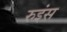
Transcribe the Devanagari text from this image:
रुइंस